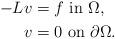
LaTeX: \begin{align*}-L v & = f \,\,\mbox{in}\,\, \Omega,\\v & =0 \,\,\mbox{on}\,\, \partial\Omega. \end{align*}